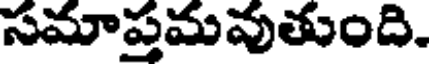
సమాప్రమవుతుంది.